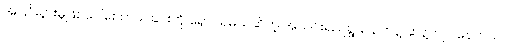
အငြင်းပွားမှုဖြစ်ပေါ်စေတတ်ခြင်းကို ရှောင်ရမယ်ဆိုတဲ့ အသင်းရည်ရွယ်ချက်နဲ့ ဆန့်ကျင် နေတယ်၊